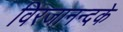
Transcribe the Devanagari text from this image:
विरजानन्दके